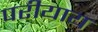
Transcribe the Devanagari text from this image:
परीयाय